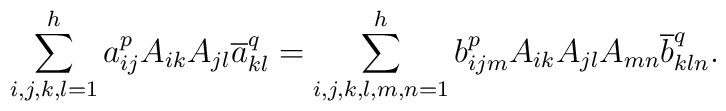
\sum_{i,j,k,l=1}^ha_{ij}^pA_{ik}A_{jl}\overline a^q_{kl}=\sum_{i,j,k,l,m,n=1}^hb_{ijm}^pA_{ik}A_{jl}A_{mn}\overline b_{kln}^q.